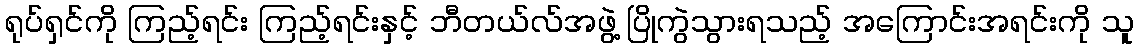
ရုပ်ရှင်ကို ကြည့်ရင်း ကြည့်ရင်းနှင့် ဘီတယ်လ်အဖွဲ့ ပြိုကွဲသွားရသည့် အကြောင်းအရင်းကို သူ